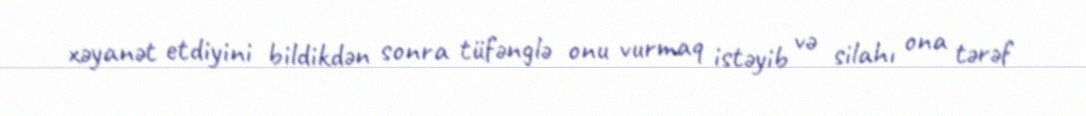
xəyanət etdiyini bildikdən sonra tüfənglə onu vurmaq istəyib və silahı ona tərəf